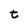
Character: t